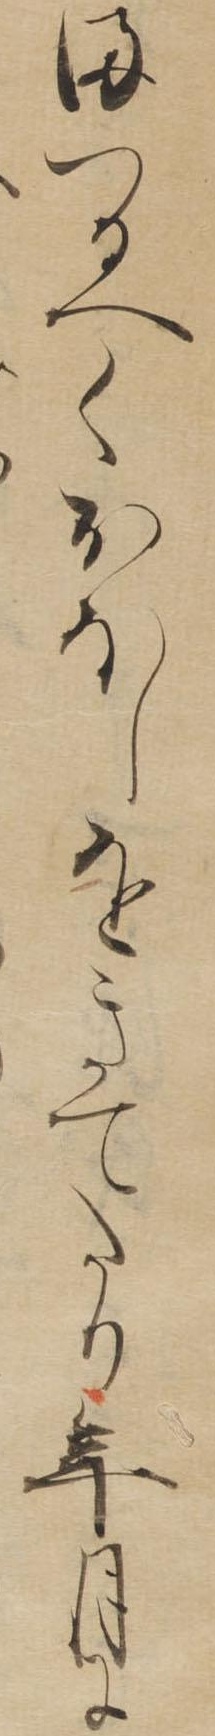
まつるへくおほしをきてたり年月に